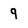
Character: 9